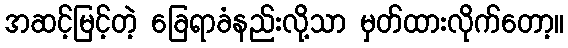
အဆင့်မြင့်တဲ့ ခြေရာခံနည်းလို့သာ မှတ်ထားလိုက်တော့။